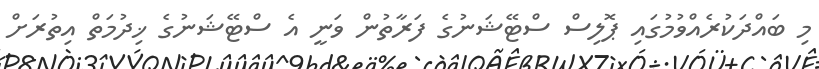
މި ބައްދަކުރެއްވުމުގައި ޕޮލިސް ސްޓޭޝަނުގެ ފަރާތުން ވަނީ އެ ސްޓޭޝަނުގެ ޚިދުމަތް އިތުރަށް